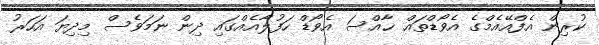
ކުރިން އެފްއޭއެމްގެ އެވޯޑްތައް ޚާއްސަ އެވޯޑް ހަފުލާއެއްގައި ދިން ނަމަވެސް މިދިޔަ އަހަރު